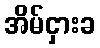
အိမ်ငှားခ